Scottish Leaving Certificate Examination, 1957
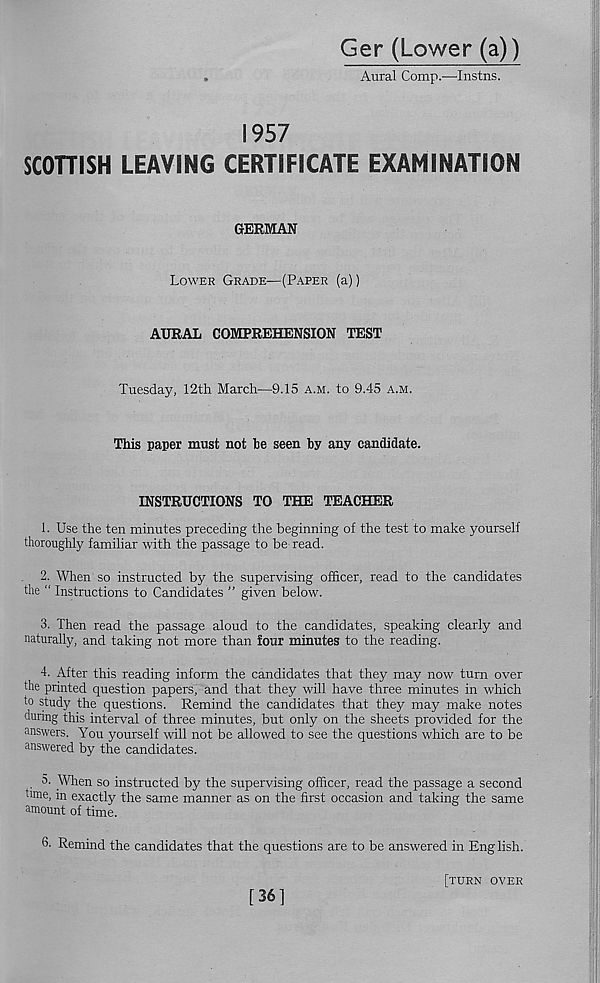
Ger (Lower (a))
.
Aural Comp.-—'Instns.
1957
SCOHISH LEAVING CERTIFICATE EXAMINATION
GERMAN
Lower Grade—(Paper (a))
AURAL COMPREHENSION TEST
Tuesday, 12th March—9.15 a.m. to 9.45 a.m.
This paper must not he seen by any candidate.
INSTRUCTIONS TO THE TEACHER
1. Use the ten minutes preceding the beginning of the test to make yourself
thoroughly familiar with the passage to be read.
2. When so instructed by the supervising officer, read to the candidates
the “ Instructions to Candidates ” given below.
3. Then read the passage aloud to the candidates, speaking clearly and
naturally, and taking not more than four minutes to the reading.
4. After this reading inform the candidates that they may now turn over
the printed question papers, and that they will have three minutes in which
to study the questions. Remind the candidates that they may make notes
during this interval of three minutes, but only on the sheets provided for the
answers. You yourself will not be allowed to see the questions which are to be
answered by the candidates.
5. When so instructed by the supervising officer, read
time, in exactly the same manner as on the first occasion
amount of time.
6. Remind the candidates that the questions are to be
[turn over
the passage a second
and taking the same
answered in English.
[36]